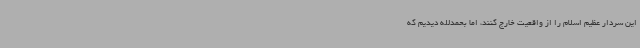
این سردار عظیم اسلام را از واقعیت خارج کنند، اما بحمدلله دیدیم که